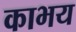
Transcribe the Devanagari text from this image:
काभय